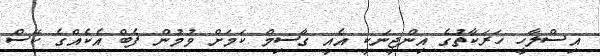
އިސްލާހީ ހަރަކާތުގެ އިންޖީނަކީ އެއީ ގާސިމް ކަމަށް ވުމުން ފެބް އެކެއްގެ ކޭސް